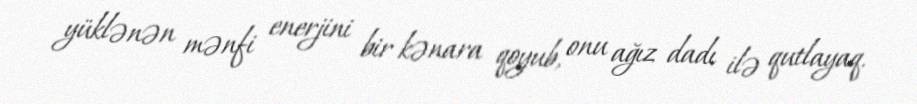
yüklənən mənfi enerjini bir kənara qoyub, onu ağız dadı ilə qutlayaq.